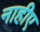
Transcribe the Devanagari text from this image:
नाहीए